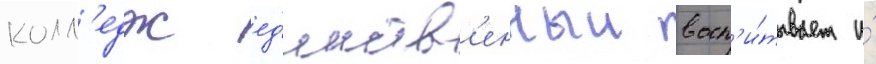
колл'едж ед'инств'енныи восп'и́тывает и́